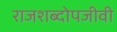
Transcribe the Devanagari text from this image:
राजशब्दोपजीवी